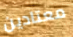
معتادين